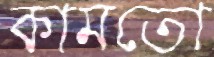
কামতো